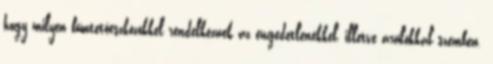
hogy milyen büntetőeszközökkel rendelkeznek az engedetlenekkel, illetve árulókkal szemben.